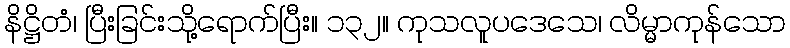
နိဋ္ဌိတံ၊ ပြီးခြင်းသို့ရောက်ပြီး။ ၁၃၂။ ကုသလူပဒေသေ၊ လိမ္မာကုန်သော